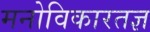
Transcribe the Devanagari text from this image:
मनोविकारतज्ञ